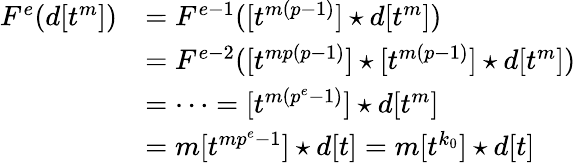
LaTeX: \begin{array}{rl}{F^{e}(d[t^{m}])}&{=F^{e-1}([t^{m(p-1)}]\star d[t^{m}])}\\ &{=F^{e-2}([t^{mp(p-1)}]\star[t^{m(p-1)}]\star d[t^{m}])}\\ &{=\cdots=[t^{m(p^{e}-1)}]\star d[t^{m}]}\\ &{=m[t^{mp^{e}-1}]\star d[t]=m[t^{k_{0}}]\star d[t]}\end{array}